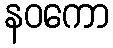
နဝကော